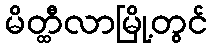
မိတ္ထီလာမြို့တွင်